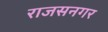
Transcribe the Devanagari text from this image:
राजसनगर